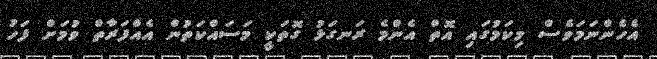
އެހެންނަމަވެސް މިކަމުގައި އޮތް އެންމެ ރަނގަޅު ގޮތަކީ މަސައްކަތުން އެއްފަރާތް ވުމަށް ފަހު